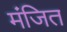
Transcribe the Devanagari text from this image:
मंजित